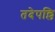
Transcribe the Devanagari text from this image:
तदेपल्लि